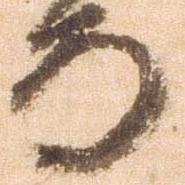
而